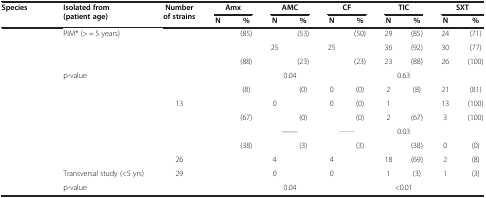
<table><thead><tr><td><b>Species</b></td><td><b>Isolated from (patient age)</b></td><td><b>Number of strains</b></td><td colspan="2"><b>Amx</b></td><td colspan="2"><b>AMC</b></td><td colspan="2"><b>CF</b></td><td colspan="2"><b>TIC</b></td><td colspan="2"><b>SXT</b></td></tr><tr><td>[EMPTY_CELL]</td><td>[EMPTY_CELL]</td><td>[EMPTY_CELL]</td><td><b>N</b></td><td><b>%</b></td><td><b>N</b></td><td><b>%</b></td><td><b>N</b></td><td><b>%</b></td><td><b>N</b></td><td><b>%</b></td><td><b>N</b></td><td><b>%</b></td></tr></thead><tbody><tr><td rowspan="2">[EMPTY_CELL]</td><td>PIM* (&gt; = 5 years)</td><td>[EMPTY_CELL]</td><td>[EMPTY_CELL]</td><td>(85)</td><td>[EMPTY_CELL]</td><td>(53)</td><td>[EMPTY_CELL]</td><td>(50)</td><td>29</td><td>(85)</td><td>24</td><td>(71)</td></tr><tr><td>[EMPTY_CELL]</td><td>[EMPTY_CELL]</td><td>[EMPTY_CELL]</td><td>[EMPTY_CELL]</td><td>25</td><td>[EMPTY_CELL]</td><td>25</td><td>[EMPTY_CELL]</td><td>36</td><td>(92)</td><td>30</td><td>(77)</td></tr><tr><td>[EMPTY_CELL]</td><td>[EMPTY_CELL]</td><td>[EMPTY_CELL]</td><td>[EMPTY_CELL]</td><td>(88)</td><td>[EMPTY_CELL]</td><td>(23)</td><td>[EMPTY_CELL]</td><td>(23)</td><td>23</td><td>(88)</td><td>26</td><td>(100)</td></tr><tr><td>[EMPTY_CELL]</td><td>p-value</td><td>[EMPTY_CELL]</td><td colspan="2">[EMPTY_CELL]</td><td colspan="2">0.04</td><td colspan="2">[EMPTY_CELL]</td><td colspan="2">0.63</td><td colspan="2">[EMPTY_CELL]</td></tr><tr><td rowspan="2">[EMPTY_CELL]</td><td>[EMPTY_CELL]</td><td>[EMPTY_CELL]</td><td>[EMPTY_CELL]</td><td>(8)</td><td>[EMPTY_CELL]</td><td>(0)</td><td>0</td><td>(0)</td><td>2</td><td>(8)</td><td>21</td><td>(81)</td></tr><tr><td>[EMPTY_CELL]</td><td>13</td><td>[EMPTY_CELL]</td><td>[EMPTY_CELL]</td><td>0</td><td>[EMPTY_CELL]</td><td>0</td><td>(0)</td><td>1</td><td>[EMPTY_CELL]</td><td>13</td><td>(100)</td></tr><tr><td>[EMPTY_CELL]</td><td>[EMPTY_CELL]</td><td>[EMPTY_CELL]</td><td>[EMPTY_CELL]</td><td>(67)</td><td>[EMPTY_CELL]</td><td>(0)</td><td>[EMPTY_CELL]</td><td>(0)</td><td>2</td><td>(67)</td><td>3</td><td>(100)</td></tr><tr><td>[EMPTY_CELL]</td><td>[EMPTY_CELL]</td><td>[EMPTY_CELL]</td><td colspan="2">[EMPTY_CELL]</td><td colspan="2">——</td><td colspan="2">[EMPTY_CELL]</td><td colspan="2">0.03</td><td colspan="2">[EMPTY_CELL]</td></tr><tr><td rowspan="3">[EMPTY_CELL]</td><td>[EMPTY_CELL]</td><td>[EMPTY_CELL]</td><td>[EMPTY_CELL]</td><td>(38)</td><td>[EMPTY_CELL]</td><td>(3)</td><td>[EMPTY_CELL]</td><td>(3)</td><td>[EMPTY_CELL]</td><td>(38)</td><td>0</td><td>(0)</td></tr><tr><td>[EMPTY_CELL]</td><td>26</td><td>[EMPTY_CELL]</td><td>[EMPTY_CELL]</td><td>4</td><td>[EMPTY_CELL]</td><td>4</td><td>[EMPTY_CELL]</td><td>18</td><td>(69)</td><td>2</td><td>(8)</td></tr><tr><td>Transversal study (&lt;5 yrs)</td><td>29</td><td>[EMPTY_CELL]</td><td>[EMPTY_CELL]</td><td>0</td><td>[EMPTY_CELL]</td><td>0</td><td>[EMPTY_CELL]</td><td>1</td><td>(3)</td><td>1</td><td>(3)</td></tr><tr><td>[EMPTY_CELL]</td><td>p-value</td><td>[EMPTY_CELL]</td><td colspan="2">[EMPTY_CELL]</td><td colspan="2">0.04</td><td colspan="2">[EMPTY_CELL]</td><td colspan="2">&lt;0.01</td><td colspan="2">[EMPTY_CELL]</td></tr></tbody></table>